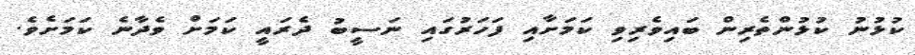
ކުޅުނު ކުޅުންތެރިން ބައިވެރިވި ކަމަށާއި ފަހަރުގައި ނަސީބު ދެރައީ ކަމަށް ވެދާނެ ކަމަށެވެ.